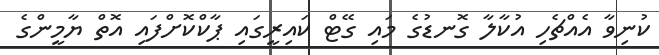
ކުނިވާ އެއްޗެހި އުކާލާ ގޮނޑުގެ މައި ގޭޓް ކައިރީގައި ޕާކްކޮށްފައި އޮތް ޔާމީންގެ